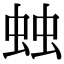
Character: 䖵